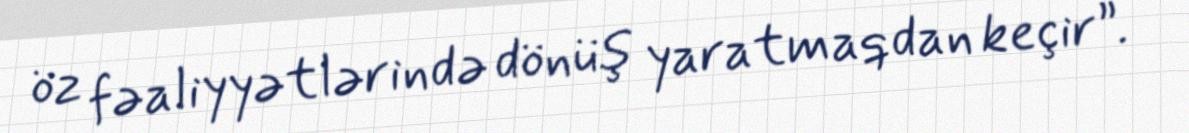
öz fəaliyyətlərində dönüş yaratmaqdan keçir”.